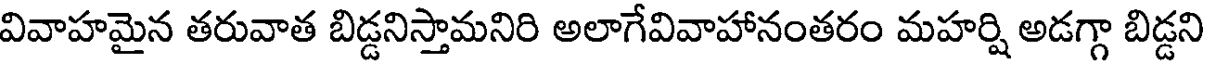
వివాహమైన తరువాత బిడ్డనిస్తామనిరి అలాగేవివాహానంతరం మహర్షి అడగ్గా బిడ్డని